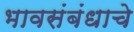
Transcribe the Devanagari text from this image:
भावसंबंधाचे